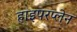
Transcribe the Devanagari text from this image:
हाइपरप्लेन